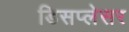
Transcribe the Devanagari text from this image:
डिसप्लेसर